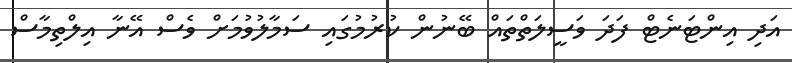
އަދި އިންޓަނެޓް ފަދަ ވަސީލަތްތައް ބޭނުން ކުރުމުގައި ސަމާލުވުމަށް ވެސް އޭނާ އިލްތިމާސް